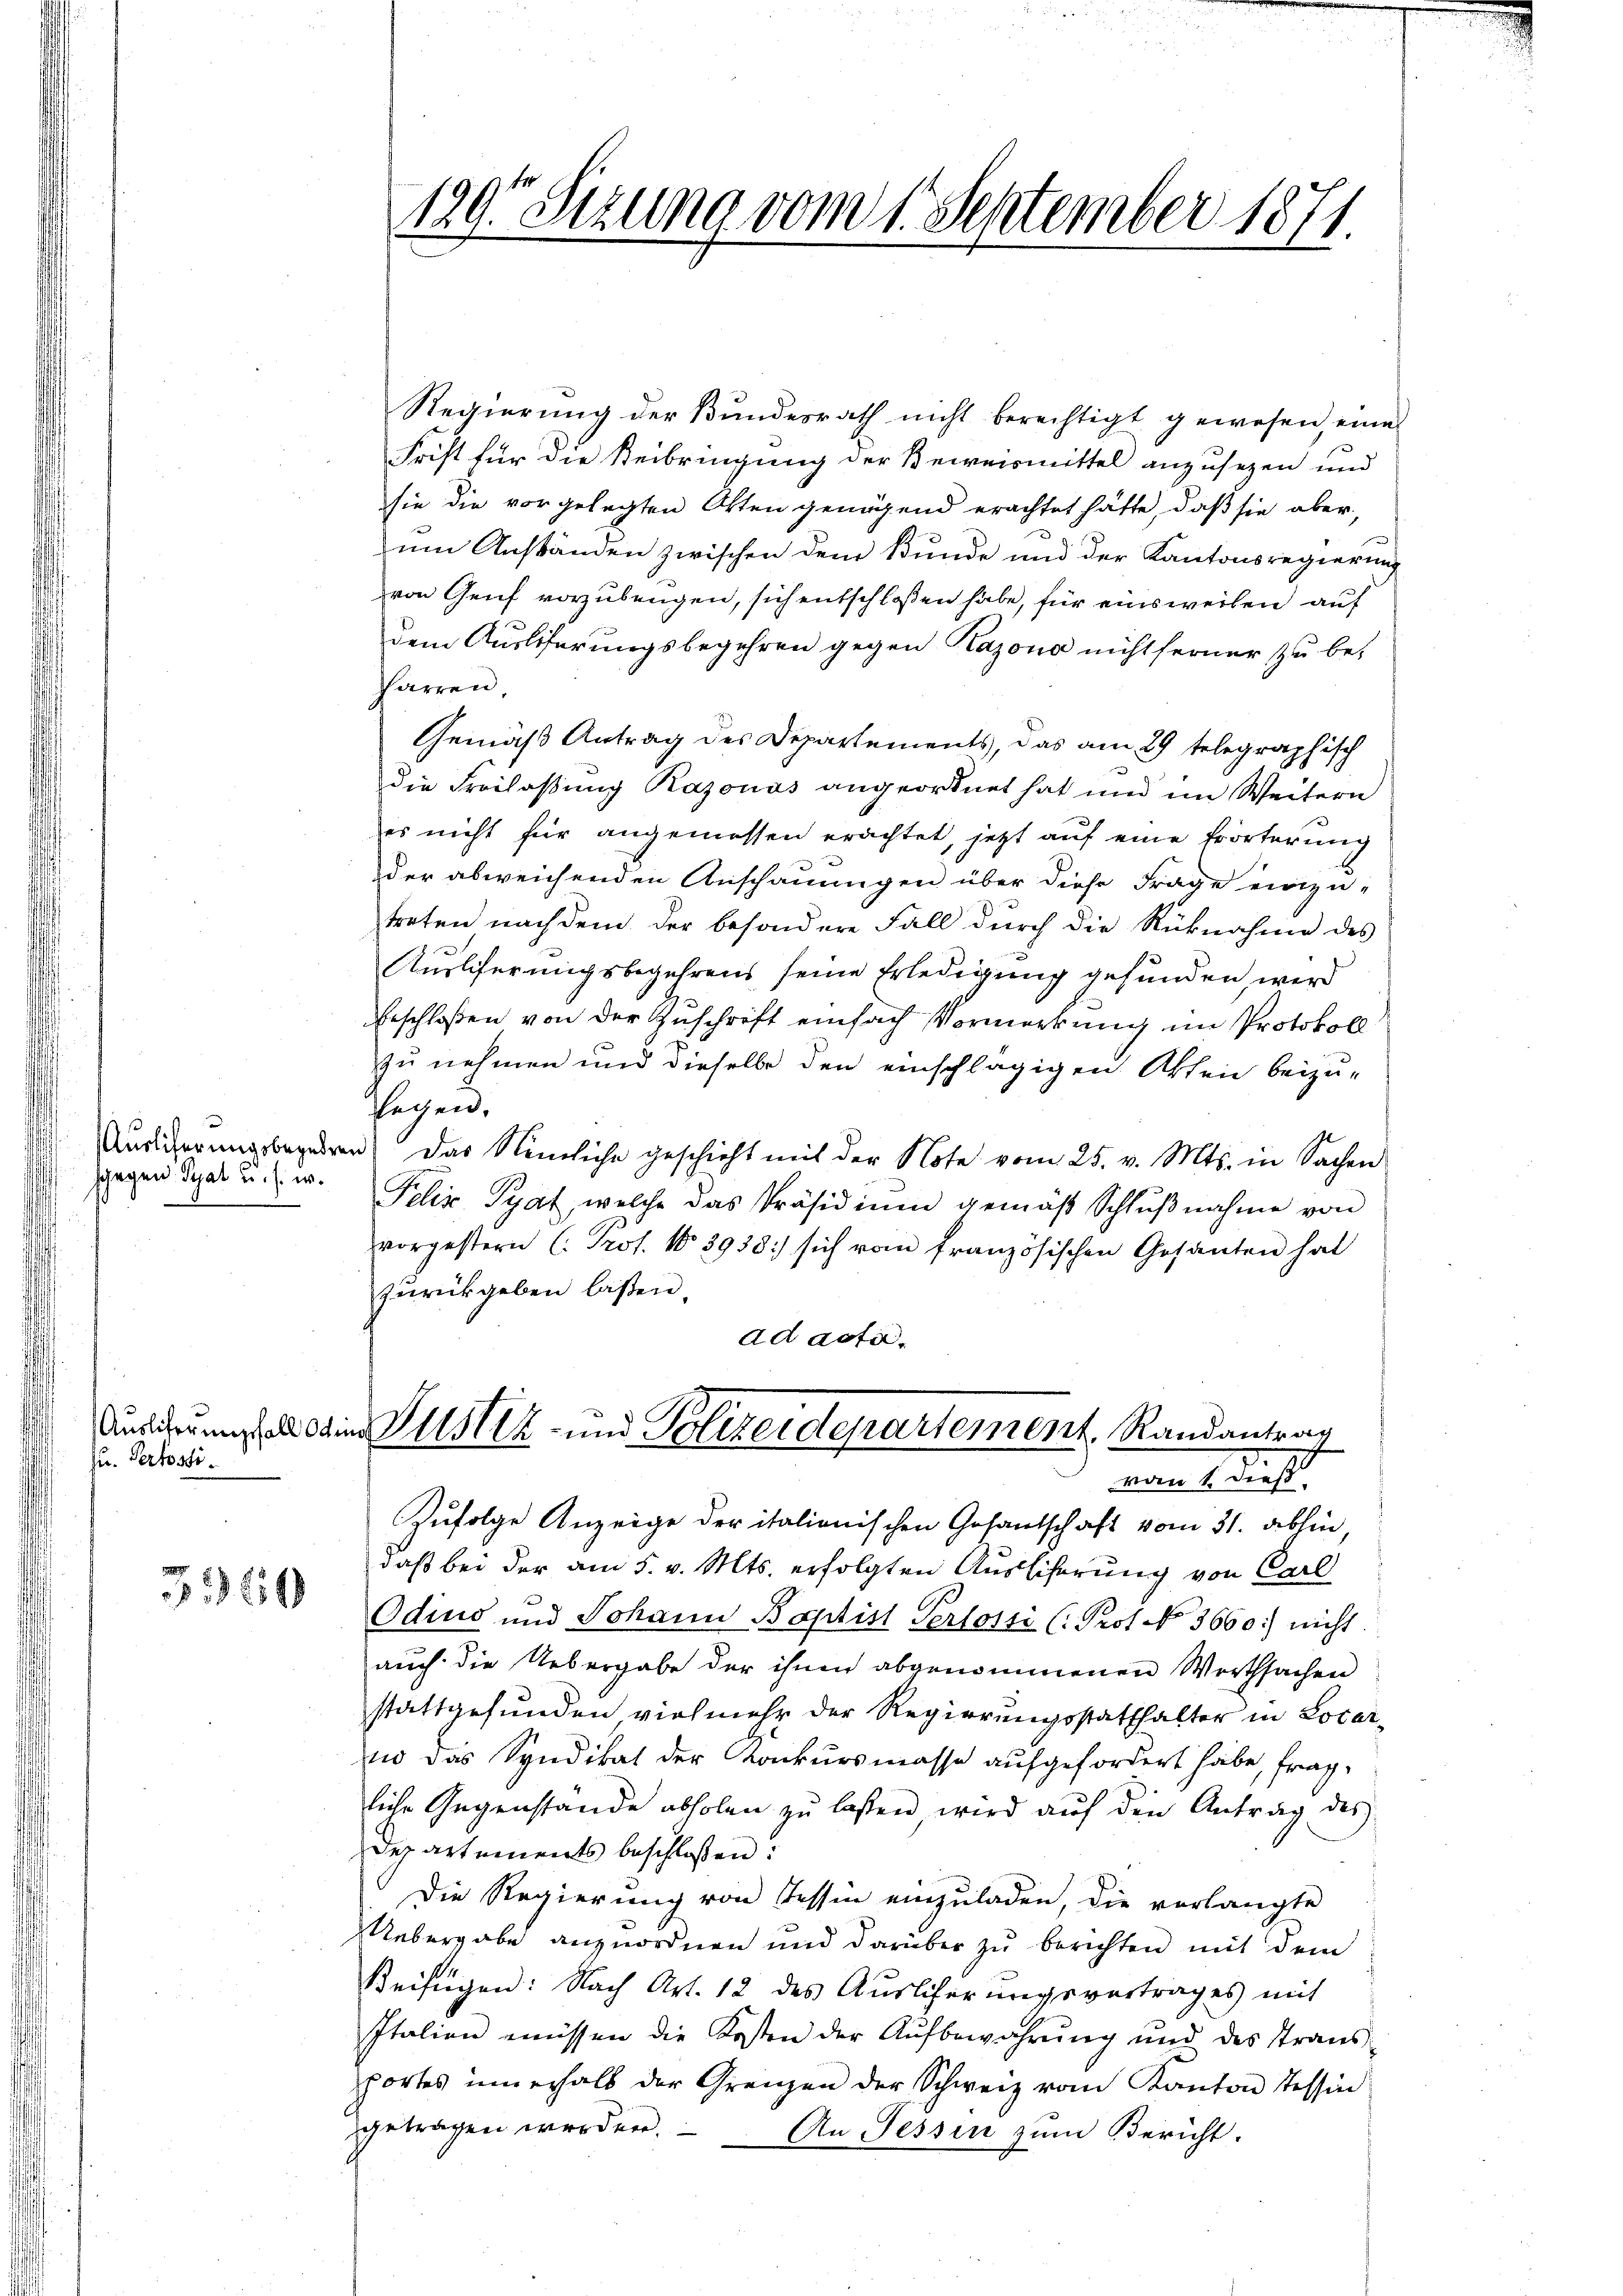
sgegen Syat u. s. w.

zu. Pertosti¬

360

129. Setzung vom 1. September 1871.

Regierung der Bundesrath nicht berechtigt gewesen, eine
Frist für die Beibringung der Beweismittel anzusezen und
sie die vorgelegten Otten genügend erachtet hätte, daß sie aber
um Anständen zwischen dem Bunde und der Kantonsregierung
von Genf vorzubeugen, sich entschloßen habe, für einsweilen auf
dem Ausliferungsbegehren gegen Kazona nicht ferner zu befarren
Gemäß Antrag des Departements, das am 29 telegraphisch
die Freilassung Razonas angeordnet hat und im Weitern
es nicht für angemessen erachtet, jetzt auf eine Erörterung
der abweichenden Anschauungen über diese Frage einzu-
treten nachdem der besondere Fall durch die Rücknahme des
Ausliferungsbegehrens seine Erledigung gefunden, wird
Beschloßen von der Zuschrift einfach Vormerkung im Protokoll
zu nehmen und dieselbe den einschlägigen Akten beizu-
segen.
Ausierungsbegehren das Nämliche geschieht mit der Note vom 25. v. Mts. in Sachen
Felix Pyat, welche das Präsidiŭm gemäβ Schlŭβnahme von
vorgestern (. Prof. No 3938:) sich vom französischen Gesanten hat
zurückgeben laßen.
ad acti¬
Ausdrung an die Justiz- und Polizeidepartement Randantrag
mages die
Zufolge Anzeige der italienischen Gesantschaft vom 31. abhin
daß bei der am 5. v. Mts. erfolgten Ausscherung von Carl
Odius und Johann Baptist Persossi (Prot. No 3660.) nicht.
auch die Uebergabe der ihnen abgenommenen Werthsachen
stattgefunden vielmehr der Regierungsstatthalter in Locar
uo das Syndikat der Konkursmasse aufgefordert habe, fragliche Gegenstände abholen zŭ lassen wird aŭf den Antrag des
Departements beschloßen:
Die Regierung von Tessin einzuladen, die vorlangte
Uebergabe anzuordnen und darüber zu berichten mit dem
Beifügen: Nach Art. 12 des Auslicherungsvertrages mit
Italien müssen die Kosten der Aŭfbewahrŭng und des Trans
portes innerhalb der Grenzen der Schweiz vom Kanton Tessin
getragen werden. An Tessin zum Bericht.